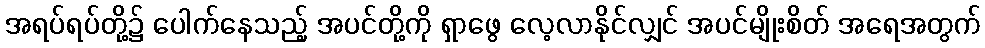
အရပ်ရပ်တို့၌ ပေါက်နေသည့် အပင်တို့ကို ရှာဖွေ လေ့လာနိုင်လျှင် အပင်မျိုးစိတ် အရေအတွက်